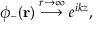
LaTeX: \phi _ { - } ( \mathbf { r } ) \; { \stackrel { r \to \infty } { \longrightarrow } } \; e ^ { i k z } ,